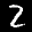
Digit: 2